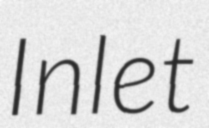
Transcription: Inlet